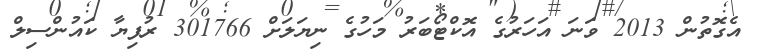
އެގޮތުން 2013 ވަނަ އަހަރުގެ އޮކްޓޯބަރު މަހުގެ ނިޔަލަށް 301766 ރުފިޔާ ކައުންސިލް